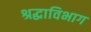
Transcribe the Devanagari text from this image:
श्रद्धाविभाग